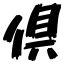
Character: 倶